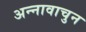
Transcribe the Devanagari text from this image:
अन्नावाचुन